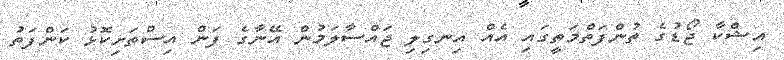
އިޝްކާ ޖޯޑުގެ ތުންފަތްމަތީގައި އެއް އިނގިލި ޖައްސާލަމުން އޭނާގެ ފަން އިސްތަށިކޮޅު ކަންފަތު